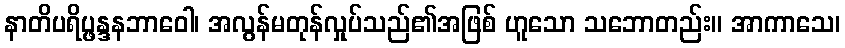
နာတိပရိပ္ဖန္ဒနဘာဝေါ၊ အလွန်မတုန်လှုပ်သည်၏အဖြစ် ဟူသော သဘောတည်း။ အာကာသေ၊